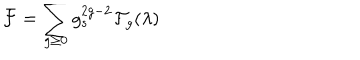
{ \cal F } = \sum _ { g \geq 0 } g _ { s } ^ { 2 g - 2 } { \cal F } _ { g } ( \lambda )